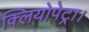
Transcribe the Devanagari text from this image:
क्लियोपेट्रा।